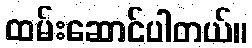
ထမ်းဆောင်ပါတယ်။